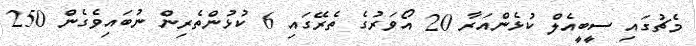
މެޗުގައި ސީބީއެލް ކުޅެންއަރާ 20 އޯވަރުގެ ތެރޭގައި 6 ކުޅުންތެރިން ނުބައިވެގެން 250